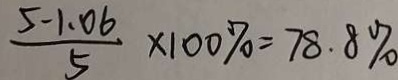
\frac { 5 - 1 . 0 6 } { 5 } \times 1 0 0 \% = 7 8 . 8 \%